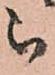
被